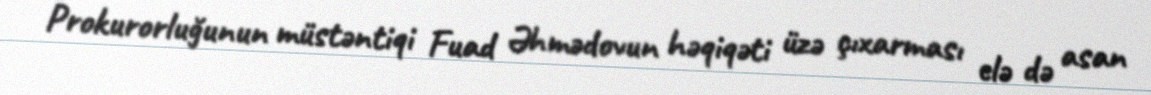
Prokurorluğunun müstəntiqi Fuad Əhmədovun həqiqəti üzə çıxarması elə də asan